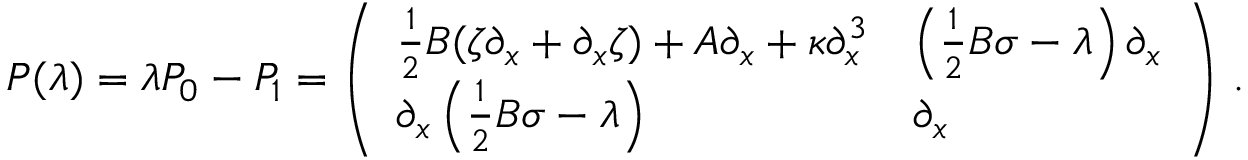
P ( \lambda ) = \lambda P _ { 0 } - P _ { 1 } = \left( \begin{array} { l l } { \frac 1 2 B ( \zeta \partial _ { x } + \partial _ { x } \zeta ) + A \partial _ { x } + \kappa \partial _ { x } ^ { 3 } } & { \left( \frac 1 2 B \sigma - \lambda \right) \partial _ { x } } \\ { \partial _ { x } \left( \frac 1 2 B \sigma - \lambda \right) } & { \partial _ { x } } \end{array} \right) \, .